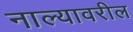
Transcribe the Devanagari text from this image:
नाल्यावरील